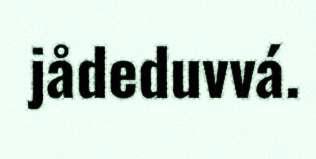
jådeduvvá.